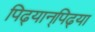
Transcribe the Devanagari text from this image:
पिढ्यान्‌पिढ्या